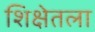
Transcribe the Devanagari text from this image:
शिक्षेतला